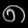
Digit: ၈